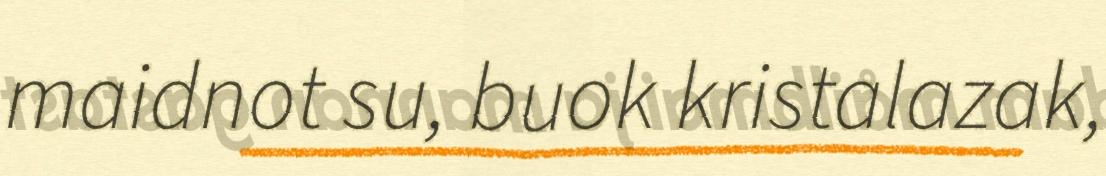
maidnot su, buok kristalazak,